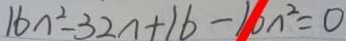
1 6 n ^ { 2 } - 3 2 n + 1 6 - 1 0 n ^ { 2 } = 0